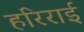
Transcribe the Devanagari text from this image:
हरिराई